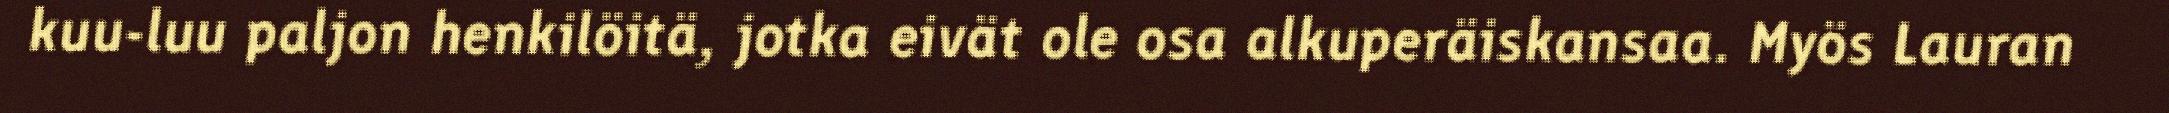
kuu-luu paljon henkilöitä, jotka eivät ole osa alkuperäiskansaa. Myös Lauran